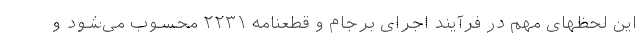
این لحظهای مهم در فرآیند اجرای برجام و قطعنامه ۲۲۳۱ محسوب می‌شود و